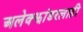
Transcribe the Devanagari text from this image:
अलेक्झांडरलाही